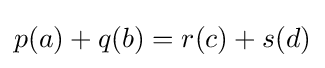
p(a)+q(b)=r(c)+s(d)